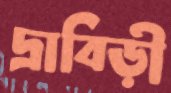
দ্রাবিড়ী